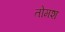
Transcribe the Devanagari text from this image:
तोमश